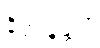
နိတ္ထုနန္တာပိ